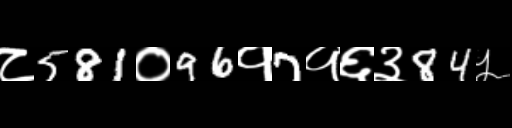
Text: ८581०96१7१६३84५